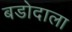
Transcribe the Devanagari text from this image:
बडोदाला